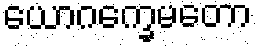
ယောဂက္ခေမတော